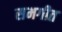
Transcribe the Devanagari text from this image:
समगीत